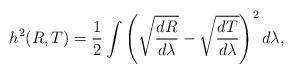
LaTeX: \begin{align*}h^2(R,T)=\frac{1}{2}\int\left(\sqrt{\frac{dR}{d\lambda}}-\sqrt{\frac{dT}{d\lambda}}\right)^2d\lambda,\end{align*}